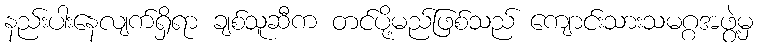
နည်းပါးနေလျက်ရှိရာ ချစ်သူဆီက တင်ပို့မည်ဖြစ်သည် ကျောင်းသားသမဂ္ဂအဖွဲ့မှ